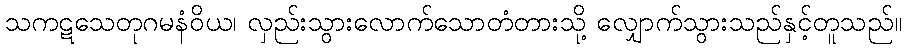
သကဋသေတုဂမနံဝိယ၊ လှည်းသွားလောက်သောတံတားသို့ လျှောက်သွားသည်နှင့်တူသည်။